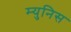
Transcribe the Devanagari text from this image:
म्युनिस